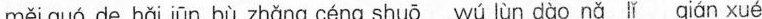
mǎguo de noi jn bù zhǎng céng shuū wù lùn dào nǎ 『 qján ‰。é